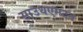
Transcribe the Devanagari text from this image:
साउथएम्प्टन